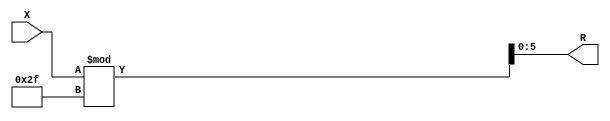
module x_200_mod_47_reg(
    input [200:1] X,
    output [6:1] R
    );


assign R = X % 47;

endmodule